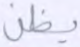
يظن